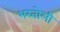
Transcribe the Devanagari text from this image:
भरतोली